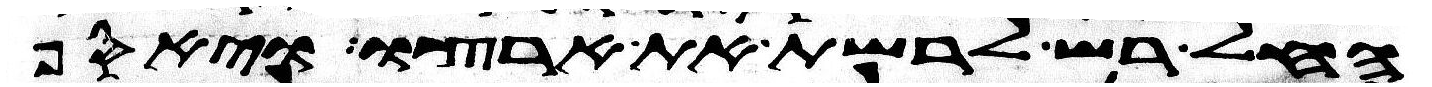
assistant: החל רש לרשת את ארצו ויאסף